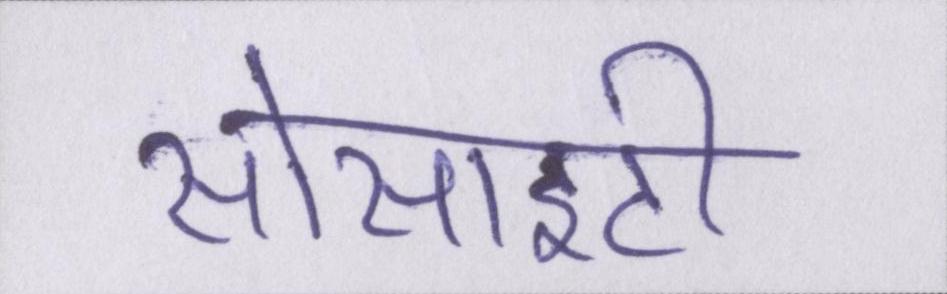
सोसाइटी